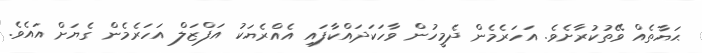
ޙަޔާތެއް ވޭތުކުރާށެވެ. އަހަރެމެން ދެމީހުން ވާހަކަދައްކާފައި އެއްރެޔަކު އަފްޒަލް އަހަރެމެން ގެޔަށް އައެވެ.